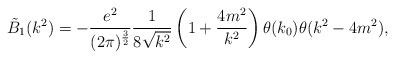
LaTeX: \begin{align*}\tilde{B}_1(k^2)=-\frac{e^2}{(2\pi)^{\frac{3}{2}}}\frac{1}{8\sqrt{k^2}}\left(1+\frac{4m^2}{k^2}\right)\theta (k_0)\theta (k^2-4m^2),\end{align*}